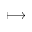
\longmapsto